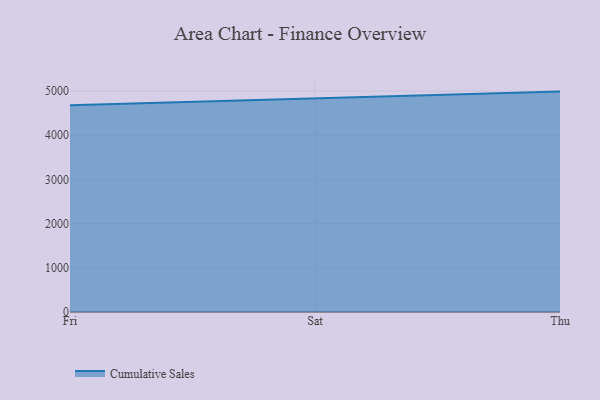
{"axis": {"x": "Day", "y": "Operating Costs (USD K)"}, "legend": ["Cumulative Sales"], "data": [{"x": "Fri", "y": 4677.9, "type": "Cumulative Sales"}, {"x": "Sat", "y": 4827.4, "type": "Cumulative Sales"}, {"x": "Thu", "y": 4988.2, "type": "Cumulative Sales"}]}